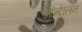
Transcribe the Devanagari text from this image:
आंन्देालन